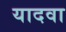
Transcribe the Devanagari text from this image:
यादवा